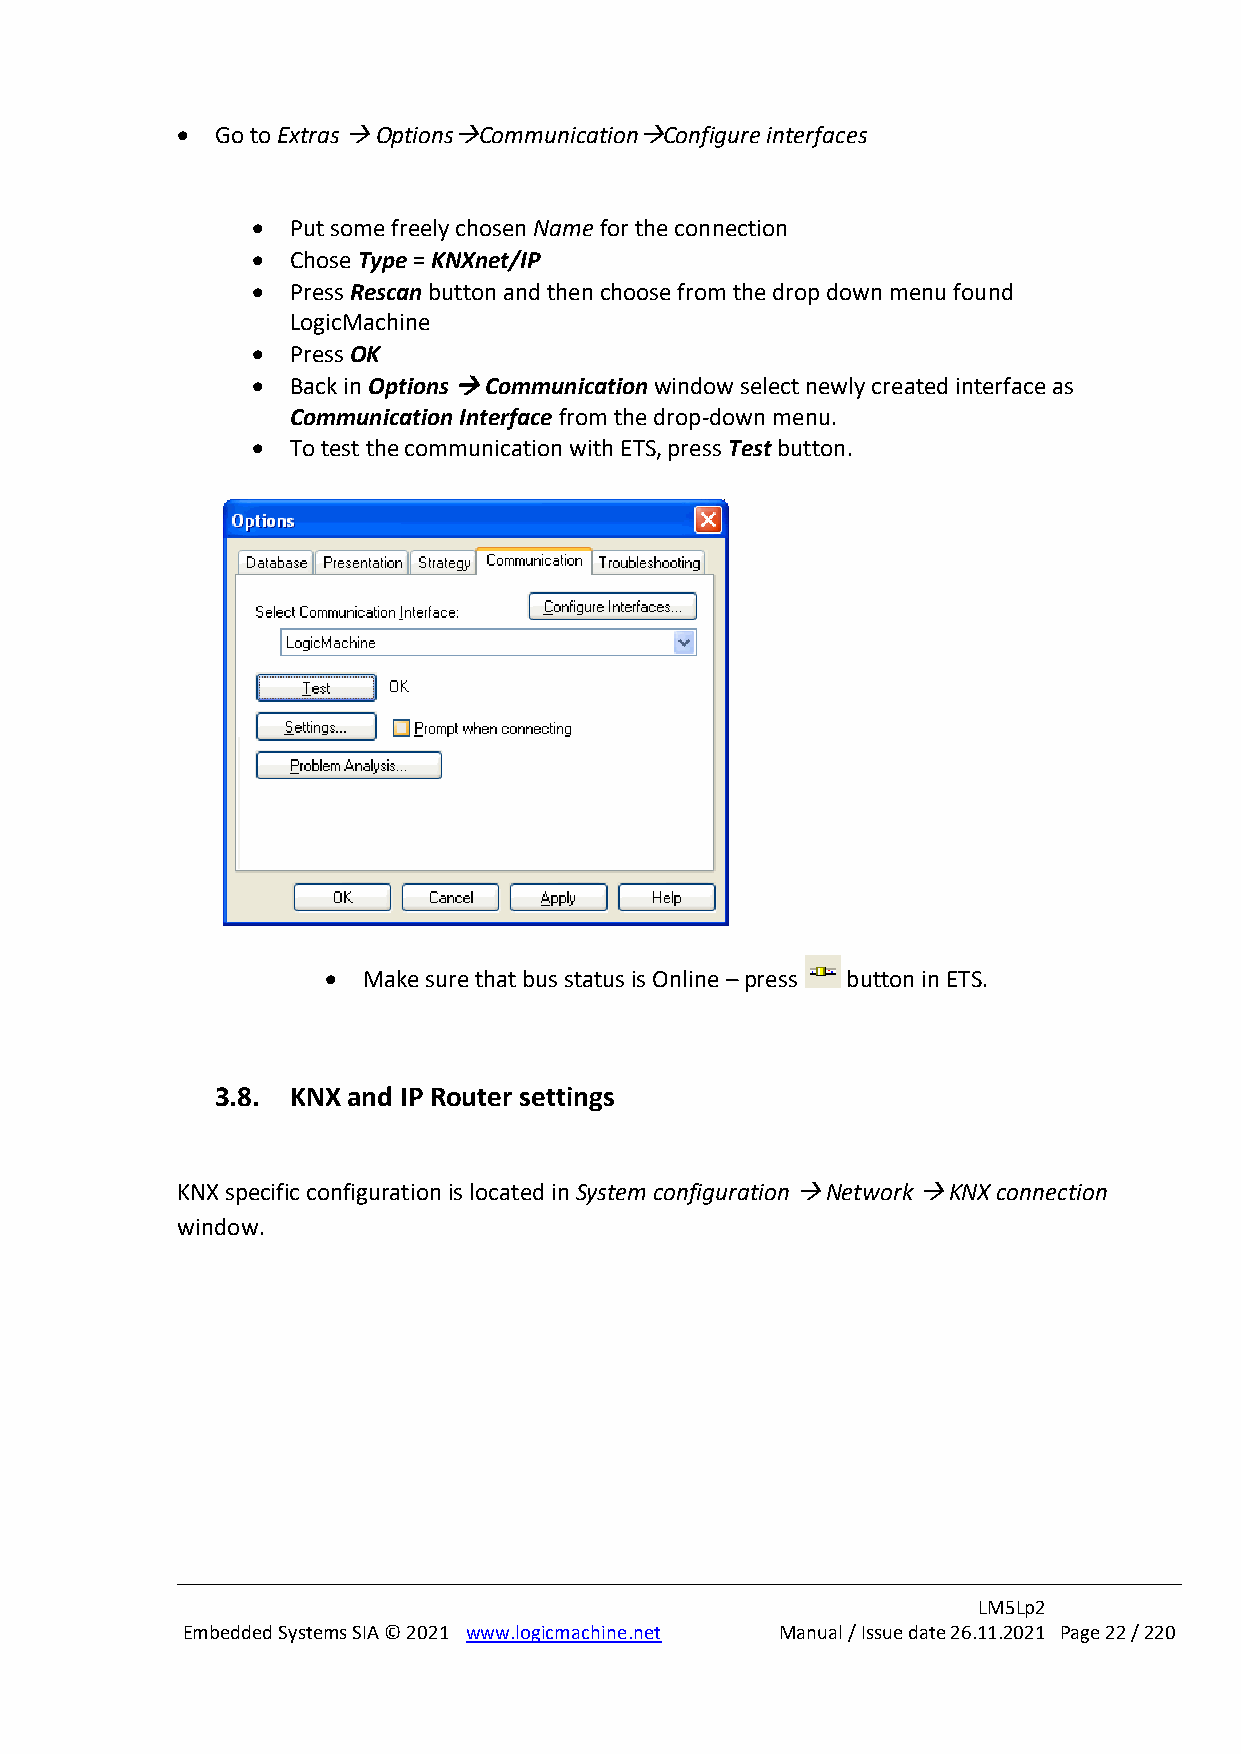
• Go to Extras → Options→Communication→Configure interfaces
 • Put some freely chosen Name for the connection
 • Chose Type = KNXnet/IP
 • Press Rescan button and then choose from the drop down menu found
 LogicMachine
 • Press OK
 • Back in Options → Communication window select newly created interface as
 Communication Interface from the drop-down menu.
 • To test the communication with ETS, press Test button.
 • Make sure that bus status is Online – press button in ETS.
 3.8. KNX and IP Router settings
 KNX specific configuration is located in System configuration → Network → KNX connection
 window.
 LM5Lp2
 Embedded Systems SIA © 2021 www.logicmachine.net Manual / Issue date 26.11.2021 Page 22 / 220